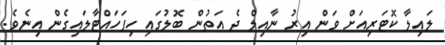
ލައިލާ ކޮޓަރިއަށް ވަން އިރު ނާއިލް ދެ އަތުން ބޮލުގައި ހިފަހައްޓާލައިގެން އިނެވެ.